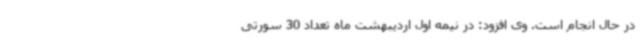
در حال انجام است. وی افزود: در نیمه اول اردیبهشت ماه تعداد 30 سورتی